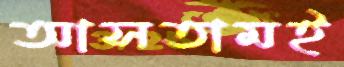
আসতামই